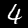
Label: 4